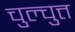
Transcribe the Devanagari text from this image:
चुल्चुत्त